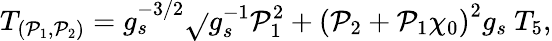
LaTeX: T_{(\mathcal{P}_{1},\mathcal{P}_{2})}=g_{s}^{-3/2}\sqrt{}{{g_{s}^{-1}\mathcal{P}_{1}^{2}+\left(\mathcal{P}_{2}+\mathcal{P}_{1}\chi_{0}\right)^{2}g_{s}}}~T_{5},